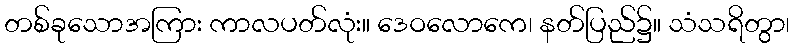
တစ်ခုသောအကြား ကာလပတ်လုံး။ ဒေဝလောကေ၊ နတ်ပြည်၌။ သံသရိတွာ၊